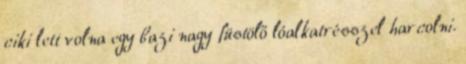
ciki lett volna egy bazi nagy füstölő lóalkatrésszel harcolni.